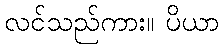
လင်သည်ကား။ ပိယာ